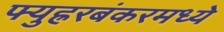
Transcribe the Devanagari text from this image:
फ्युह्ररबंकरमध्ये